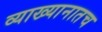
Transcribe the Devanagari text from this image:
व्याख्यानातच